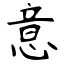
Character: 意